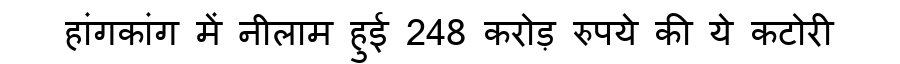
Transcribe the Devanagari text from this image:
हांगकांग में नीलाम हुई 248 करोड़ रुपये की ये कटोरी